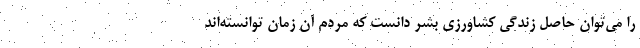
را می‌توان حاصل زندگی کشاورزی بشر دانست که مردم آن زمان توانسته‌اند